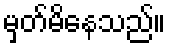
မှတ်မိနေသည်။